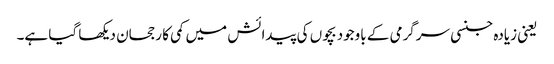
یعنی زیادہ جنسی سرگرمی کے باوجود بچوں کی پیدائش میں کمی کا رجحان دیکھا گیا ہے۔